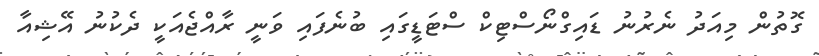
ގޮތުން މިއަދު ނެރުނު ޑައިގްނޯސްޓިކް ސްޓަޑީގައި ބުނެފައި ވަނީ ރާއްޖެއަކީ ދެކުނު އޭޝިއާ